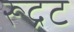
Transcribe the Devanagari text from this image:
रूद्रट